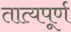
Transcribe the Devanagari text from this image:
तात्यपूर्ण